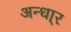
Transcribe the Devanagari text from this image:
अन्धा्र